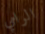
الرامي